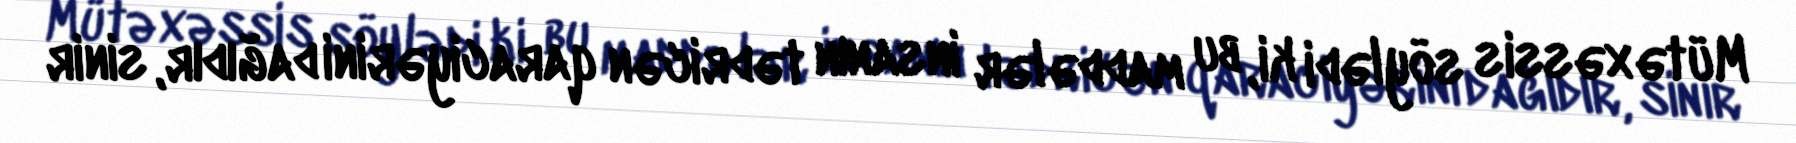
Mütəxəssis söylədi ki, bu maddələr insanın tədricən qaraciyərini dağıdır, sinir